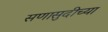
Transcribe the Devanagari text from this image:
सणासुदीच्या